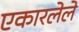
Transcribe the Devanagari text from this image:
एकारलेले